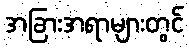
အခြားအရာများတွင်